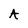
Character: A